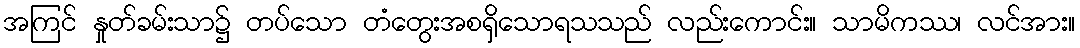
အကြင် နှုတ်ခမ်းသာ၌ တပ်သော တံတွေးအစရှိသောရသသည် လည်းကောင်း။ သာမိကဿ၊ လင်အား။